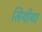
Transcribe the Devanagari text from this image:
सिथीया